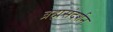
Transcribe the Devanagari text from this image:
ब्रह्मसंदर्शन